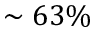
\sim 6 3 \%